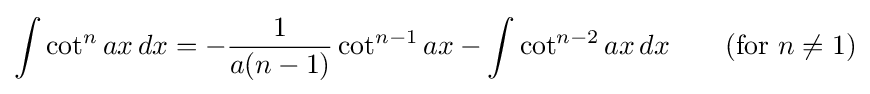
\int \cot ^{n}ax\,dx=-{\frac {1}{a(n-1)}}\cot ^{n-1}ax-\int \cot ^{n-2}ax\,dx\qquad {\mbox{(for }}n\neq 1{\mbox{)}}